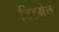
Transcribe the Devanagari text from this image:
विटमेन